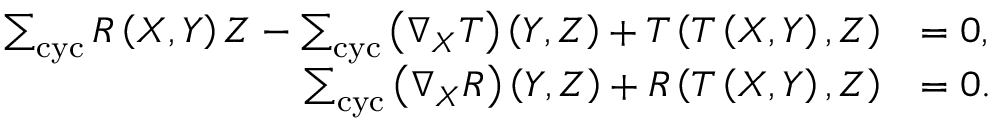
\begin{array} { r l } { \sum _ { \mathrm { c y c } } R \left( X , Y \right) Z - \sum _ { \mathrm { c y c } } \left( \nabla _ { X } T \right) \left( Y , Z \right) + T \left( T \left( X , Y \right) , Z \right) } & { = 0 , } \\ { \sum _ { \mathrm { c y c } } \left( \nabla _ { X } R \right) \left( Y , Z \right) + R \left( T \left( X , Y \right) , Z \right) } & { = 0 . } \end{array}